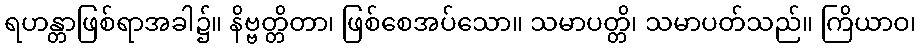
ရဟန္တာဖြစ်ရာအခါ၌။ နိဗ္ဗတ္တိတာ၊ ဖြစ်စေအပ်သော။ သမာပတ္တိ၊ သမာပတ်သည်။ ကြိယာဝ၊